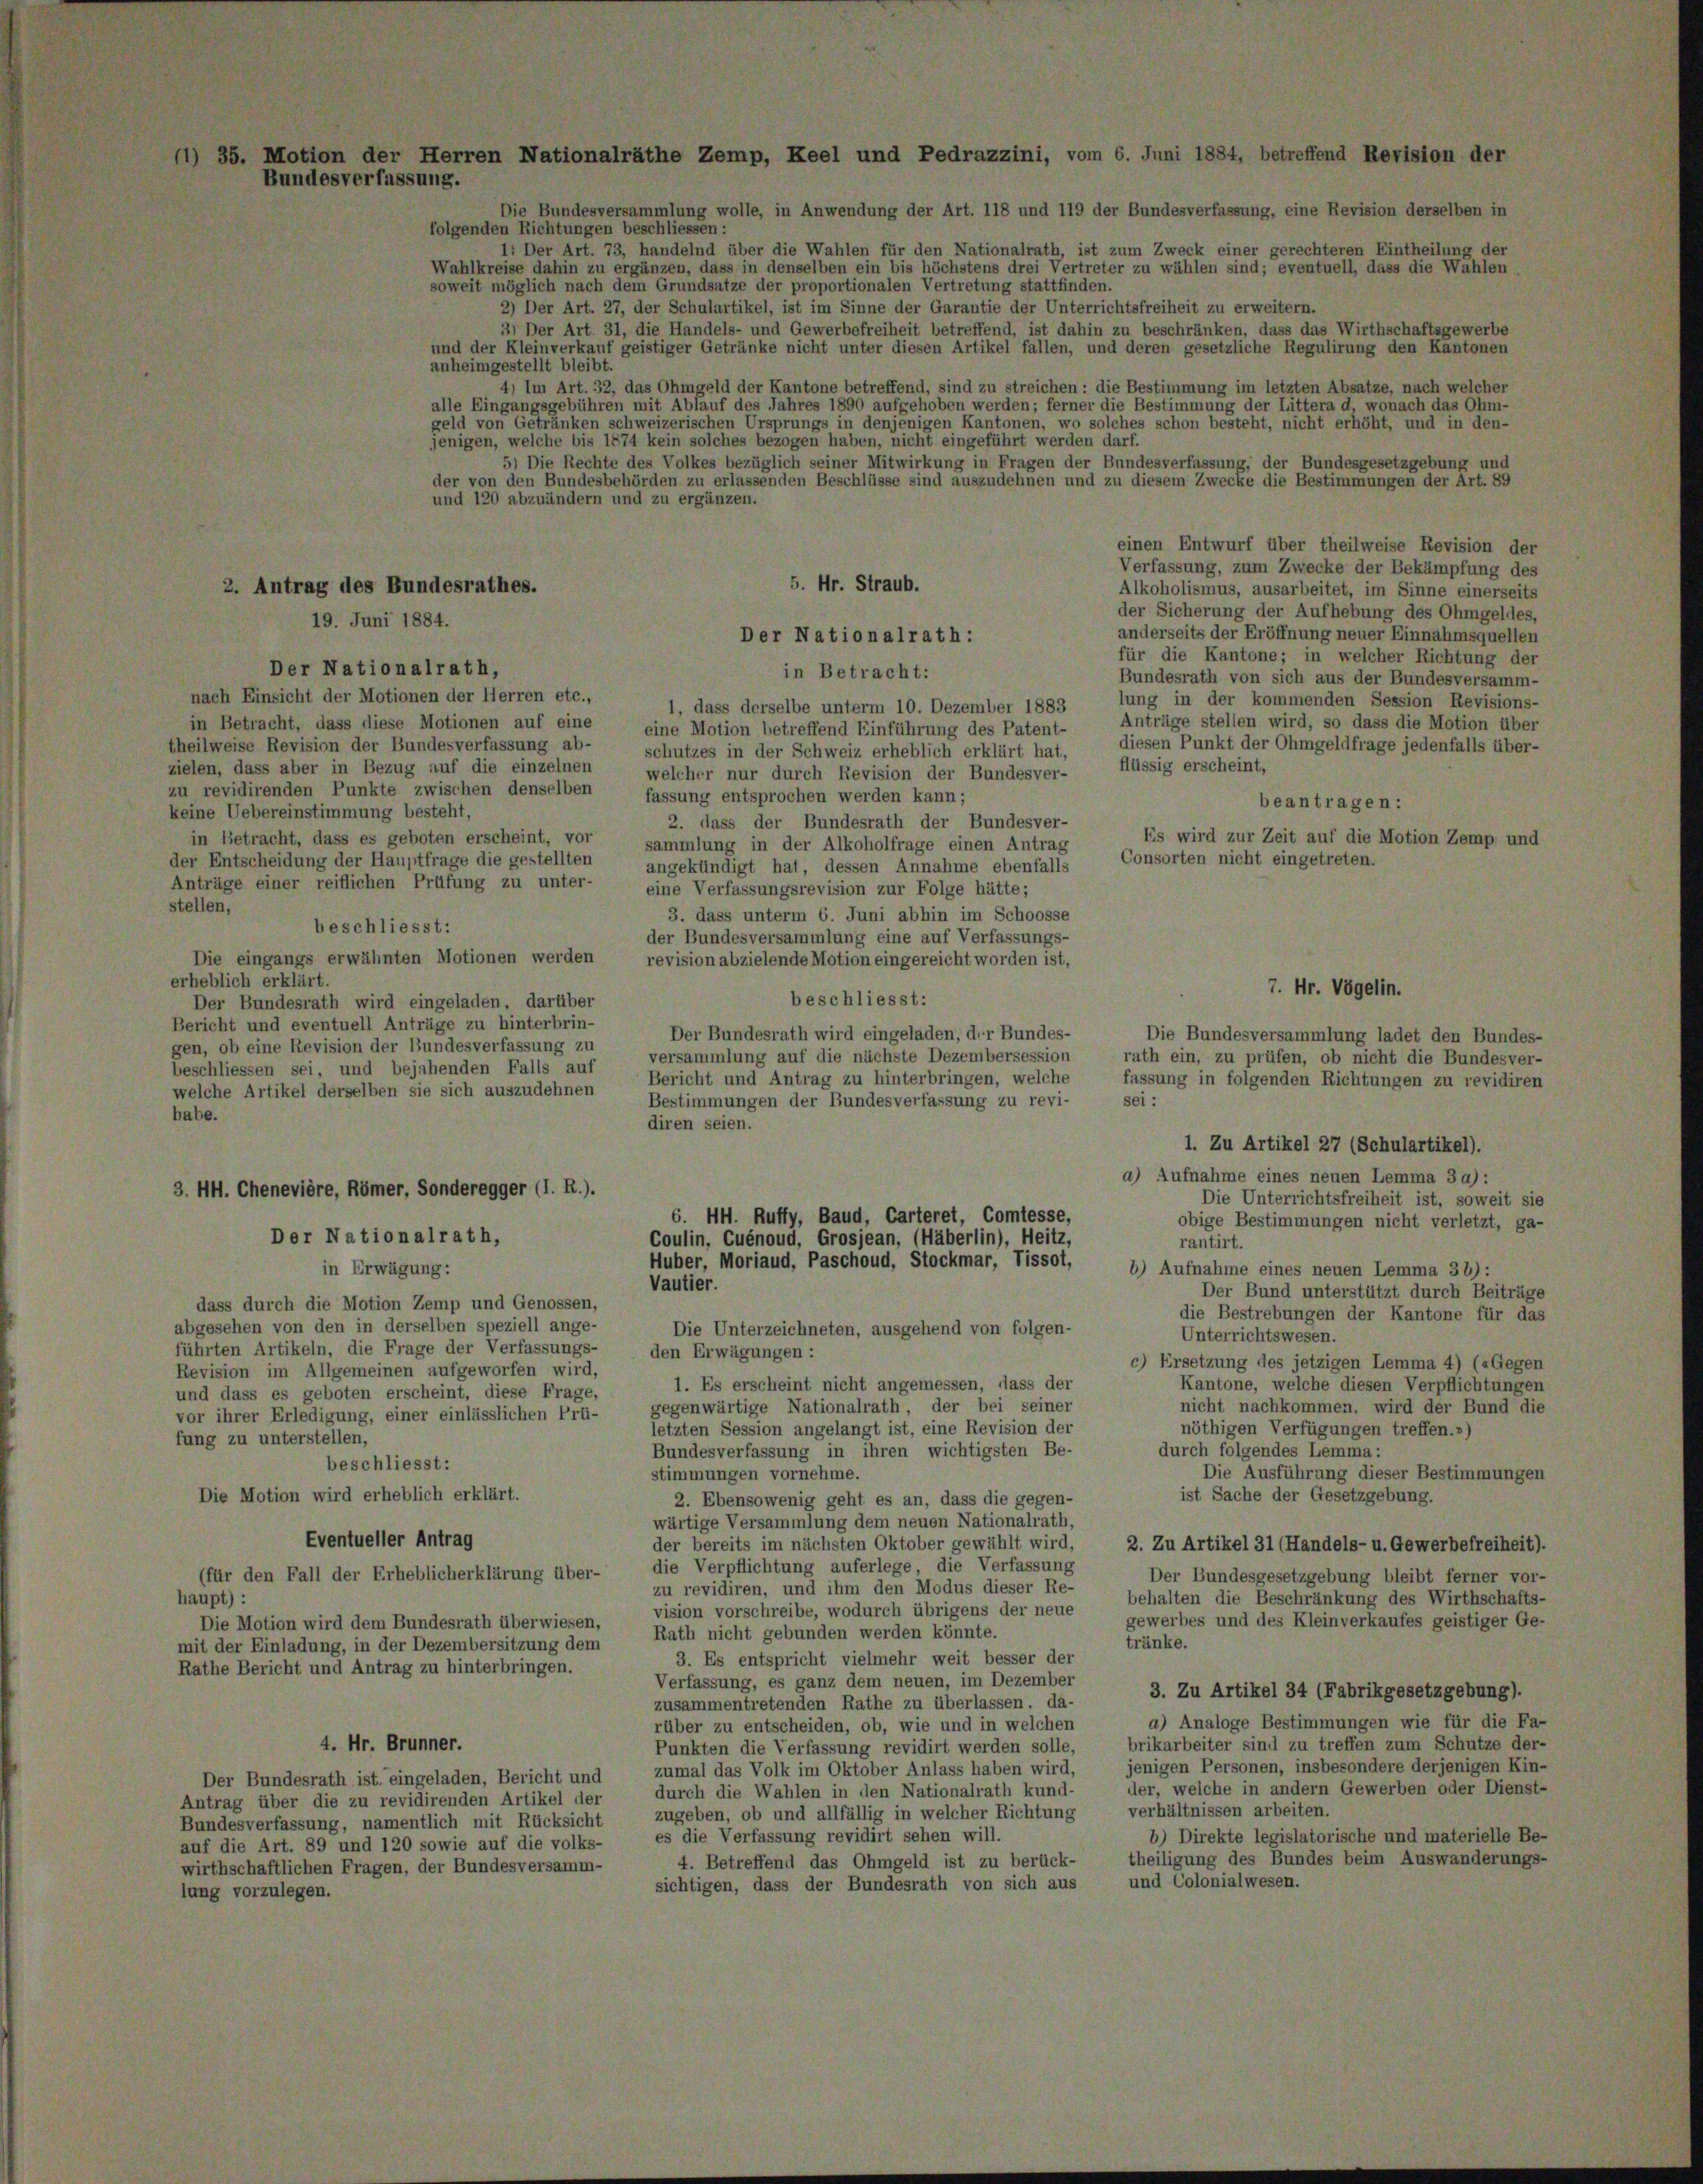
2) Der Art. 27, der Schulartikel, ist im Sinne der Garantie der Unterrichtsfreiheit zu erweitern.
3) Der Art. 31, die Handels- und Gewerbefreiheit betreffend, ist dahin zu beschränken, dass das Wirthschaftsgewerbe
und der Kleinverkauf geistiger Getränke nicht unter diesen Artikel fallen, und deren gesetzliche Regulirung den Kantonen
anheimgestellt bleibt.
4) Im Art. 32, das Ohmgeld der Kantone betreffend, sind zu streichen: die Bestimmung im letzten Absatze, nach welcher
alle Eingangsgebühren mit Ablauf des Jahres 1890 aufgehoben werden; ferner die Bestimmung der Littera d, wonach das Ohm-
geld von Getränken schweizerischen Ursprungs in denjenigen Kantonen, wo solches schon besteht, nicht erhöht, und in den-
5) Die Rechte des Volkes bezüglich seiner Mitwirkung in Fragen der Bundesverfassung, der Bundesgesetzgebung und
der von den Bundesbehörden zu erlassenden Beschlüsse sind auszudehnen und zu diesem Zwecke die Bestimmungen der Art. 89
und 120 abzuändern und zu ergänzen.
einen Entwurf über theilweise Revision der
Verfassung, zum Zwecke der Bekämpfung des
5. Hr. Straub.
2. Antrag des Bundesrathes.
Alkoholismus, ausarbeitet, im Sinne einerseits
der Sicherung der Aufhebung des Ohmgeldes,
19. Juni 1884.
anderseits der Eröffnung neuer Einnahmsquellen
Der Nationalrath:
für die Kantone; in welcher Richtung der
in Betracht:
Bundesrath von sich aus der Bundesversamm-
nach Einsicht der Motionen der Herren etc.,
lung in der kommenden Session Revisions-
1, dass derselbe unterm 10. Dezember 1883
Anträge stellen wird, so dass die Motion über
in Betracht, dass diese Motionen auf eine
eine Motion betreffend Einführung des Patent-
diesen Punkt der Ohmgeldfrage jedenfalls über-
schutzes in der Schweiz erheblich erklärt hat,
flüssig erscheint,
welcher nur durch Revision der Bundesver-
fassung entsprochen werden kann;
beantragen:
2. dass der Bundesrath der Bundesver-
Es wird zur Zeit auf die Motion Zemp und
sammlung in der Alkoholfrage einen Antrag
Consorten nicht eingetreten.
angekündigt hat, dessen Annahme ebenfalls
eine Verfassungsrevision zur Folge hätte;
3. dass unterm 6. Juni abhin im Schoosse
der Bundesversammlung eine auf Verfassungs-
revision abzielende Motion eingereicht worden ist,
7. Hr. Vögelin.
beschliesst:
Der Bundesrath wird eingeladen, der Bundes-
versammlung auf die nächste Dezembersession
beschliessen sei, und bejahenden Falls auf
Bericht und Antrag zu hinterbringen, welche
fassung in folgenden Richtungen zu revidiren
welche Artikel derselben sie sich auszudehnen
sei:
Bestimmungen der Bundesverfassung zu revi-
babe.
diren seien.
1. Zu Artikel 27 (Schulartikel).
a) Aufnahme eines neuen Lemma 39):
3. HH. Chenevière, Römer, Sonderegger (I. R.).
Die Unterrichtsfreiheit ist, soweit sie
6. HH. Rutty, Baud, Carteret, Comtesse,
obige Bestimmungen nicht verletzt, ga-
Der Nationalrath,
Coulin, Cuénoud, Grosjean, (Häberlin), Heitz,
rantirt.
Huber, Moriaud, Paschoud, Stockmar, Tissot,
in Erwägung:
b) Aufnahme eines neuen Lemma 36):
Vautier.
Der Bund unterstützt durch Beiträge
dass durch die Motion Zemp und Genossen,
die Bestrebungen der Kantone für das
abgesehen von den in derselben speziell ange-
Die Unterzeichneten, ausgehend von folgen-
Unterrichtswesen.
führten Artikeln, die Frage der Verfassungs-
den Erwägungen:
c) Ersetzung des jetzigen Lemma 4) («Gegen
Revision im Allgemeinen aufgeworfen wird,
Kantone, welche diesen Verpflichtungen
1. Es erscheint nicht angemessen, dass der
und dass es geboten erscheint, diese Frage,
nicht nachkommen, wird der Bund die
gegenwärtige Nationalrath, der bei seiner
vor ihrer Erledigung, einer einlässlichen Prü-
letzten Session angelangt ist, eine Revision der
nöthigen Verfügungen treffen.»)
fung zu unterstellen,
durch folgendes Lemma:
Bundesverfassung in ihren wichtigsten Be-
beschliesst:
Die Ausführung dieser Bestimmungen
stimmungen vornehme.
ist Sache der Gesetzgebung.
Die Motion wird erheblich erklärt.
2. Ebensowenig geht es an, dass die gegen-
wärtige Versammlung dem neuen Nationalrath,
Eventueller Antrag
der bereits im nächsten Oktober gewählt wird,
2. Zu Artikel 31 (Handels- u. Gewerbefreiheit)
die Verpflichtung auferlege, die Verfassung
(für den Fall der Erheblicherklärung über-
Der Bundesgesetzgebung bleibt ferner vor-
zu revidiren, und ihm den Modus dieser Re-
behalten die Beschränkung des Wirthschafts-
haupt):
vision vorschreibe, wodurch übrigens der neue
gewerbes und des Kleinverkaufes geistiger Ge-
Die Motion wird dem Bundesrath überwiesen,
Rath nicht gebunden werden könnte.
tränke.
mit der Einladung, in der Dezembersitzung dem
3. Es entspricht vielmehr weit besser der
Rathe Bericht und Antrag zu hinterbringen.
Verfassung, es ganz dem neuen, im Dezember
3. Zu Artikel 34 (Fabrikgesetzgebung).
zusammentretenden Rathe zu überlassen, da-
a) Analoge Bestimmungen wie für die Fa-
rüber zu entscheiden, ob, wie und in welchen
brikarbeiter sind zu treffen zum Schutze der-
4. Hr. Brunner.
Punkten die Verfassung revidirt werden solle,
jenigen Personen, insbesondere derjenigen Kin-
zumal das Volk im Oktober Anlass haben wird,
Der Bundesrath ist. eingeladen, Bericht und
der, welche in andern Gewerben oder Dienst-
durch die Wahlen in den Nationalrath kund-
Antrag über die zu revidirenden Artikel der
zugeben, ob und allfällig in welcher Richtung verhältnissen arbeiten.
Bundesverfassung, namentlich mit Rücksicht
es die Verfassung revidirt sehen will.
b) Direkte legislatorische und materielle Be-
auf die Art. 89 und 120 sowie auf die volks-
theiligung des Bundes beim Auswanderungs-
4. Betreffend das Ohmgeld ist zu berück-
wirthschaftlichen Fragen, der Bundesversamm-
und Colonialwesen.
sichtigen, dass der Bundesrath von sich aus
lung vorzulegen.

theilweise Revision der Bundesverfassung ab-
zielen, dass aber in Bezug auf die einzelnen
zu revidirenden Punkte zwischen denselben
keine Uebereinstimmung besteht,
in Betracht, dass es geboten erscheint, vor
der Entscheidung der Hauptfrage die gestellten
Anträge einer reiflichen Prüfung zu unter-
stellen,
beschliesst:
Die eingangs erwähnten Motionen werden
erheblich erklärt.
Der Bundesrath wird eingeladen, darüber
Bericht und eventuell Anträge zu hinterbrin-
gen, ob eine Revision der Bundesverfassung zu

Der Nationalrath,

jenigen, welche bis 1874 kein solches bezogen haben, nicht eingeführt werden darf.

rath ein, zu prüfen, ob nicht die Bundesver-

Die Bundesversammlung ladet den Bundes-

¬